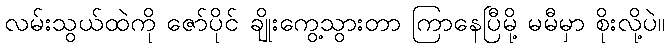
လမ်းသွယ်ထဲကို ဇော်ပိုင် ချိုးကွေ့သွားတာ ကြာနေပြီမို့ မမီမှာ စိုးလို့ပဲ။